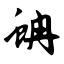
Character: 蚺